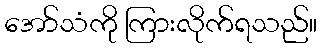
အော်သံကို ကြားလိုက်ရသည်။